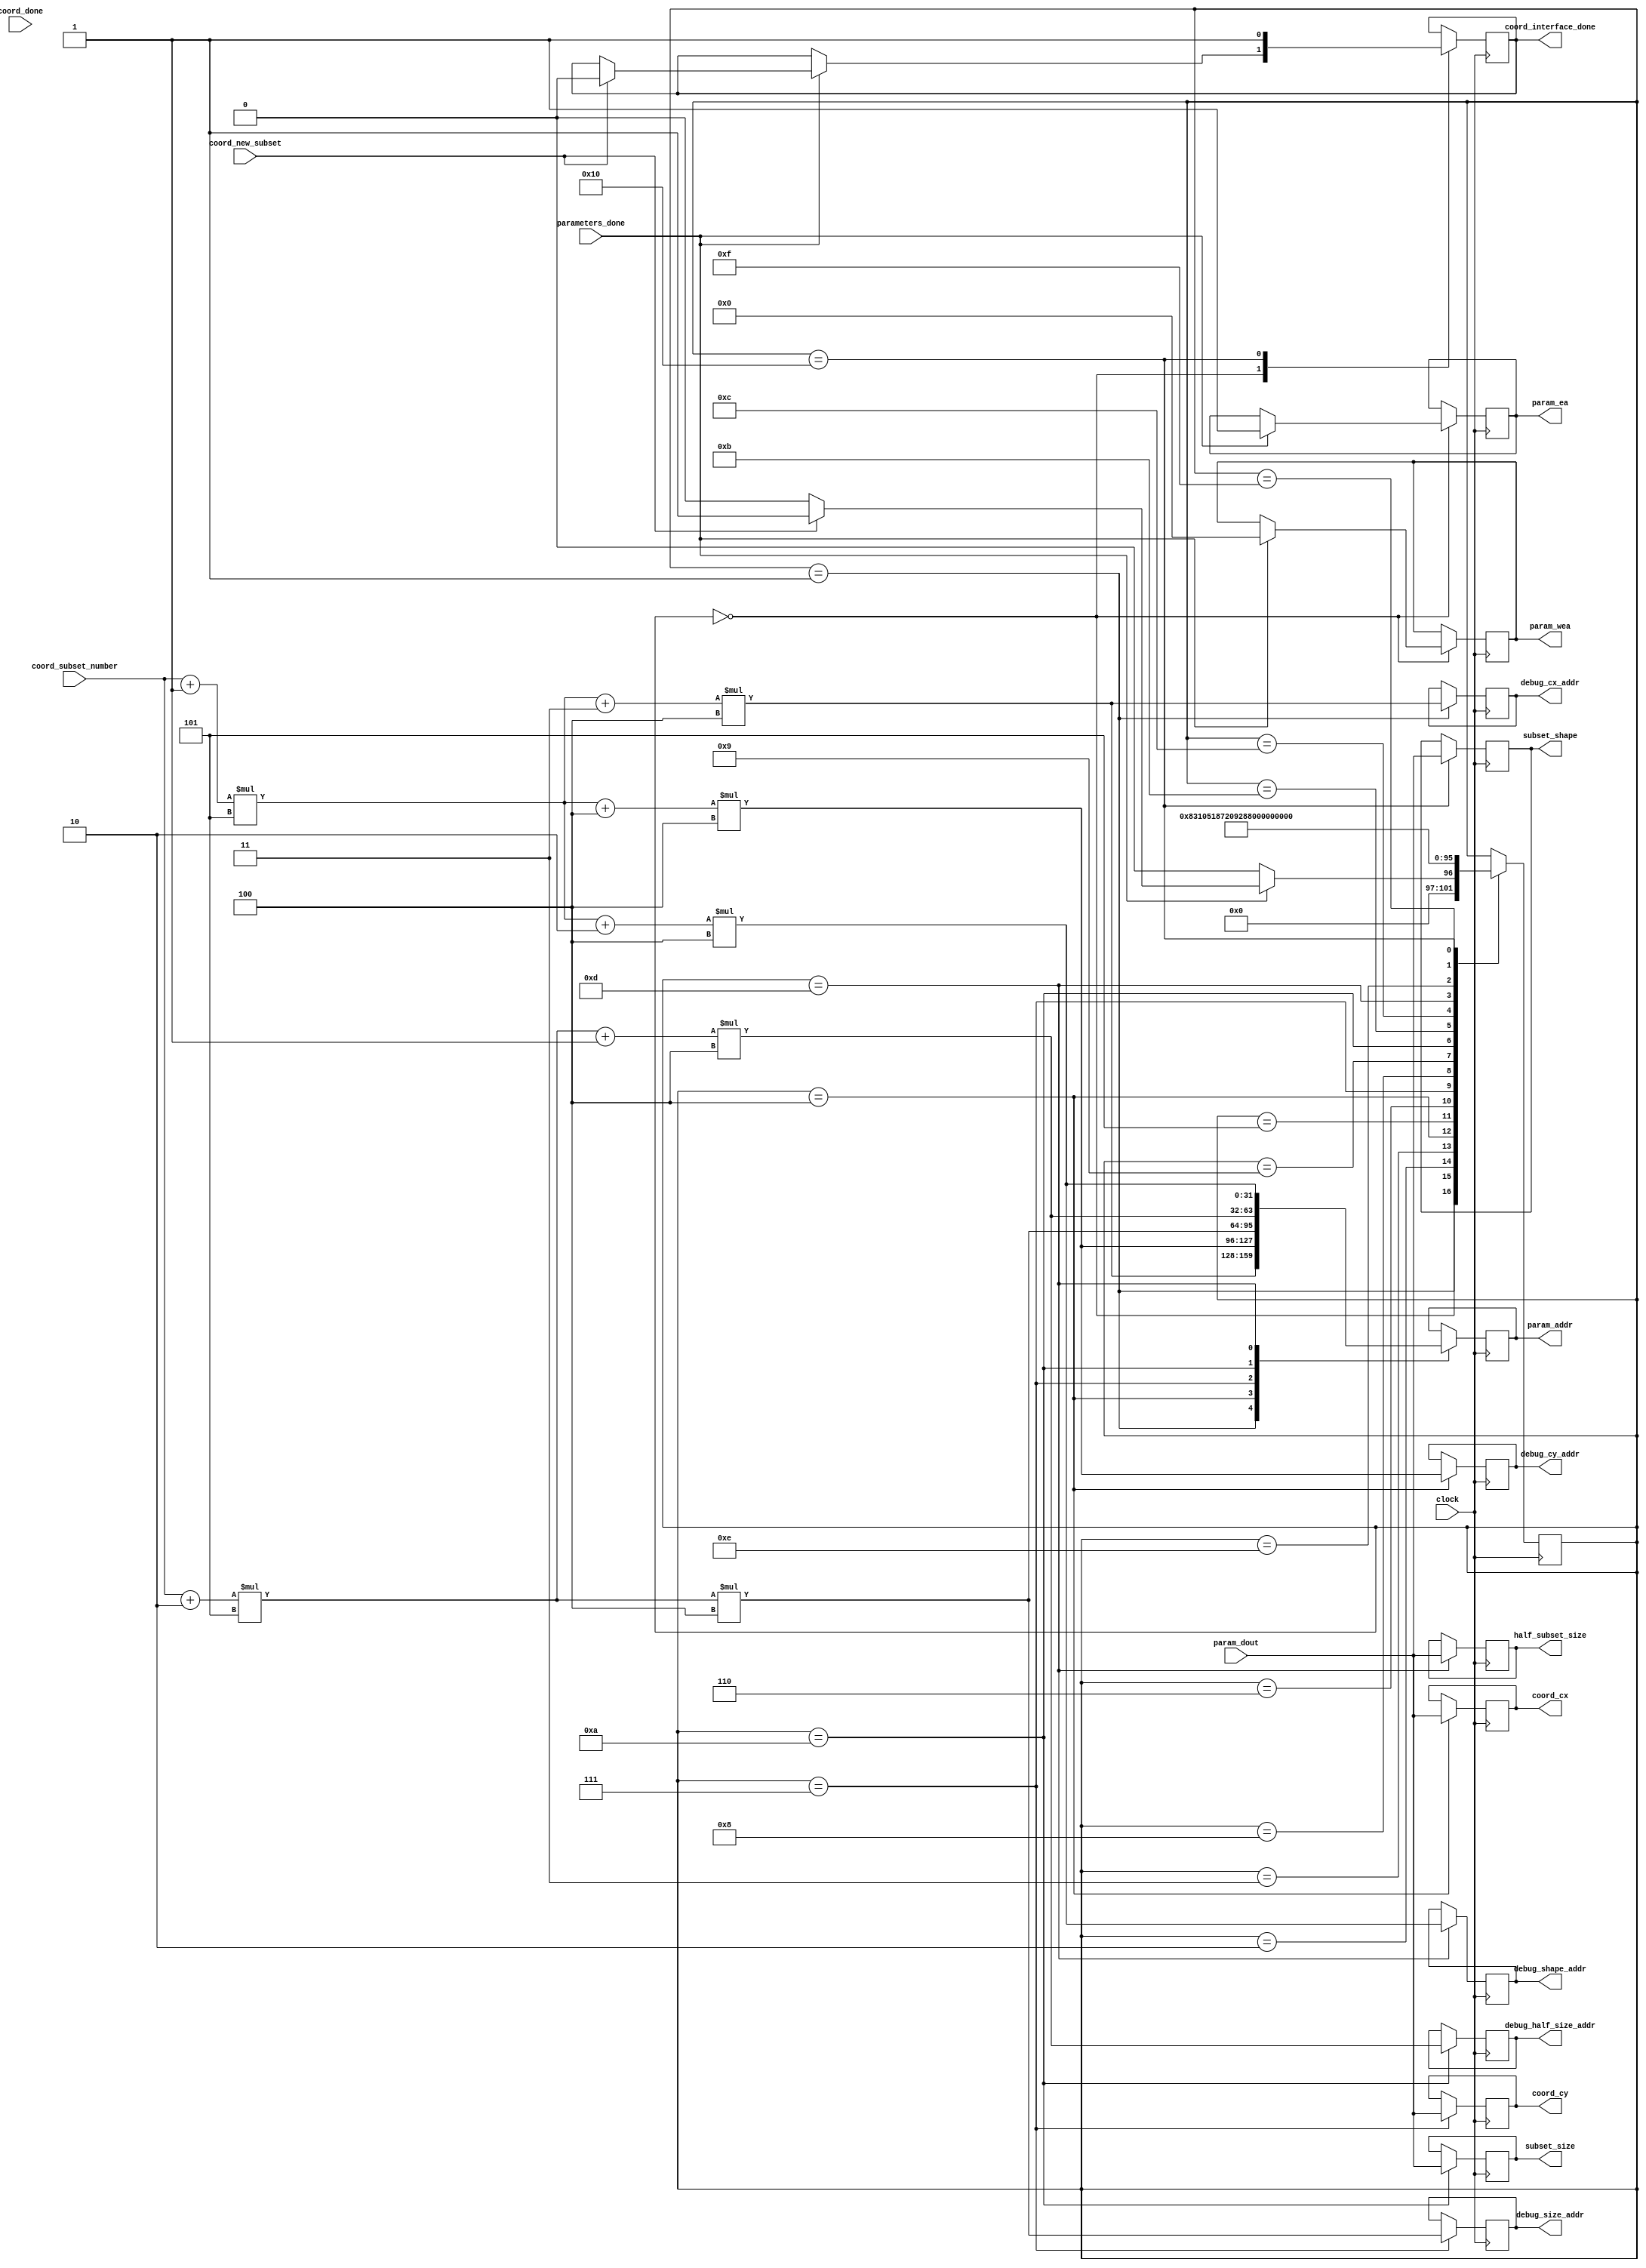
`timescale 1ns / 1ps

module Subset_Intr(
    input clock,
    input coord_done,
    input parameters_done,
    input [31:0] param_dout,
    input [31:0] coord_subset_number,
    input coord_new_subset,
    output reg param_ea,
    output reg [3:0] param_wea,
    output reg [31:0] param_addr,
    output reg [31:0] coord_cx,
    output reg [31:0] coord_cy,
    output reg [31:0] subset_size,
    output reg [31:0] half_subset_size,
    output reg [31:0] subset_shape,
    output reg coord_interface_done = 1'b0,
    output reg [31:0] debug_cx_addr,
    output reg [31:0] debug_cy_addr,
    output reg [31:0] debug_size_addr,
    output reg [31:0] debug_half_size_addr,
    output reg [31:0] debug_shape_addr
);
    
    reg [5:0] state = 6'b000000;  
    
    always @(posedge clock) 
    begin   
        case(state)
        'b000000:
        begin
            if(parameters_done == 1'b1)
            begin
                param_ea = 1'b1;
                param_wea = 'b0;
                if(coord_new_subset == 1'b1)
                begin
                    coord_interface_done = 1'b0; 
                    state = 'b000001;
                end
                else
                begin
                    state = 'b000000; //wait for a new_subset
                end
            end
            else
            begin
                state = 'b000000;  
            end
        end
        'b000001:
        begin 
            param_addr = ((((coord_subset_number + 1) * 5) + 3) * 4); //to read cx
            debug_cx_addr = param_addr;
            state = 'b000010;             
        end
        'b000010:
        begin
            state = 'b000011; 
        end
        'b000011:
        begin
            state = 'b000100;
        end
        'b000100:
        begin
            coord_cx = param_dout;
            param_addr = ((((coord_subset_number + 1) * 5) + 4) * 4); //to read cy
            debug_cy_addr = param_addr;
            state = 'b000101; 
        end
        'b000101:
        begin
            state = 'b000110; 
        end
        'b000110:
        begin
            state = 'b000111; 
        end
        'b000111:
        begin
            coord_cy = param_dout;
            param_addr = ((((coord_subset_number + 2) * 5)) * 4); //to read size
            debug_size_addr = param_addr;
            state = 'b001000; 
        end            
        'b001000:
        begin
            state = 'b001001; 
        end
        'b001001:
        begin
            state = 'b001010;
        end
        'b001010:
        begin
            subset_size = param_dout;
            param_addr = ((((coord_subset_number + 2) * 5) + 1) * 4); //to read haf_size
            debug_half_size_addr = param_addr;
            state = 'b001011; 
        end
        'b001011:
        begin
            state = 'b001100;
        end
        'b001100:
        begin
            state = 'b001101; 
        end 
        'b001101:
        begin
            half_subset_size = param_dout;
            param_addr = ((((coord_subset_number + 1) * 5) + 2) * 4); //to read shape
            debug_shape_addr = param_addr;
            state = 'b001110; 
        end
        'b001110:
        begin
            state = 'b001111;
        end
        'b001111:
        begin
            state = 'b010000;
        end
        'b010000:
        begin
            subset_shape = param_dout;
            coord_interface_done = 1'b1; 
            state = 'b000000;
        end
        endcase
    end
endmodule